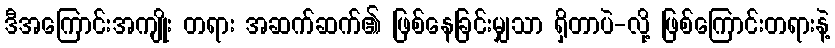
ဒီအကြောင်းအကျိုး တရား အဆက်ဆက်၏ ဖြစ်နေခြင်းမျှသာ ရှိတာပဲ-လို့ ဖြစ်ကြောင်းတရားနဲ့